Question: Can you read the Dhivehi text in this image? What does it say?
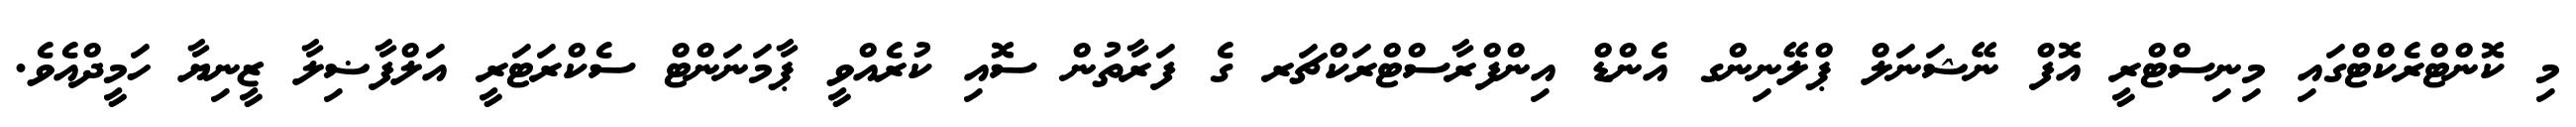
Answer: މި ކޮންޓްރެކްޓްގައި މިނިސްޓްރީ އޮފް ނޭޝަނަލް ޕްލޭނިންގ އެންޑް އިންފްރާސްޓްރަކްޗަރ ގެ ފަރާތުން ސޮއި ކުރެއްވީ ޕާމަނަންޓް ސެކްރަޓަރީ އަލްފާޟިލާ ޒީނިޔާ ހަމީދްއެވެ.